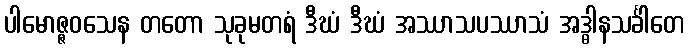
ပါမောဇ္ဇဝသေန တတော သုခုမတရံ ဒီဃံ ဒီဃံ အဿာသပဿာသံ အဒ္ဓါနသင်္ခါတေ